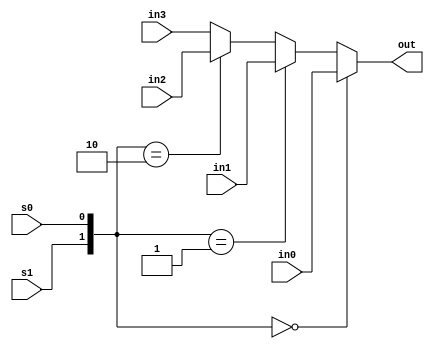
`timescale 1ns / 1ps
//////////////////////////////////////////////////////////////////////////////////
// Company: 
// Engineer: 
// 
// Design Name: 
// Module Name: mux41_if
// Project Name: 
// Target Devices: 
// Tool Versions: 
// Description: 
// 
// Dependencies: 
// 
// Revision:
// Revision 0.01 - File Created
// Additional Comments:
// 
//////////////////////////////////////////////////////////////////////////////////


    module mux41_if  
      (
        input  in0,in1,in2,in3,
		input  s0,s1,
        output  reg  out  // outreg
     );
      
      always @*  
begin
		if ({s1,s0} == 2'b00)       out = in0;
		else if({s1,s0} == 2'b01)  out = in1; 
		else if({s1,s0} == 2'b10)  out = in2;
         else                     out = in3;
      end
  endmodule